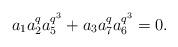
LaTeX: \begin{align*}a_1a_2^qa_5^{q^3}+a_3a_7^qa_6^{q^3}=0.\end{align*}